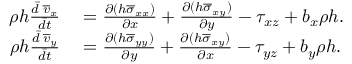
\begin{array} { r l } { \rho h \frac { \Bar { d } \; \overline { { v } } _ { x } } { \Bar { d t } } } & { { } = \frac { \partial ( h \overline { { \sigma } } _ { x x } ) } { \partial x } + \frac { \partial ( h \overline { { \sigma } } _ { x y } ) } { \partial y } - \tau _ { x z } + b _ { x } \rho h . } \\ { \rho h \frac { \Bar { d } \; \overline { { v } } _ { y } } { \Bar { d t } } } & { { } = \frac { \partial ( h \overline { { \sigma } } _ { y y } ) } { \partial y } + \frac { \partial ( h \overline { { \sigma } } _ { x y } ) } { \partial x } - \tau _ { y z } + b _ { y } \rho h . } \end{array}